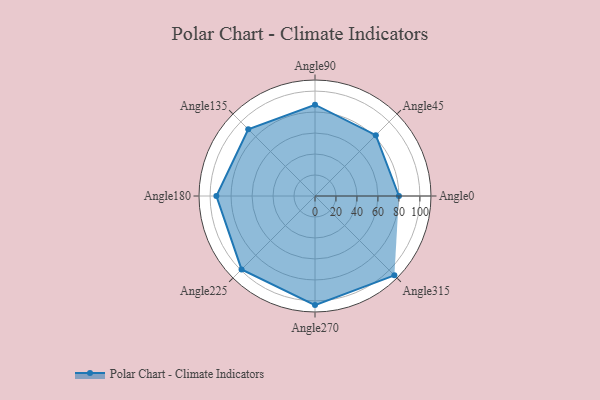
{"axis": {"x": "Angle", "y": "Radius"}, "legend": [""], "data": [{"x": "Angle0", "y": 80.0, "type": ""}, {"x": "Angle45", "y": 82.0, "type": ""}, {"x": "Angle90", "y": 87.0, "type": ""}, {"x": "Angle135", "y": 90.0, "type": ""}, {"x": "Angle180", "y": 94.0, "type": ""}, {"x": "Angle225", "y": 99.0, "type": ""}, {"x": "Angle270", "y": 104.0, "type": ""}, {"x": "Angle315", "y": 107.0, "type": ""}]}